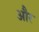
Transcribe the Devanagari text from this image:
और